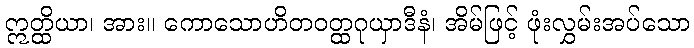
ဣတ္ထိယာ၊ အား။ ကောသောဟိတဝတ္ထဂုယှာဒီနံ၊ အိမ်ဖြင့် ဖုံးလွှမ်းအပ်သော